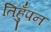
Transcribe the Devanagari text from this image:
तिहुँपन